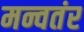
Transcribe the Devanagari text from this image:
मन्वतंर